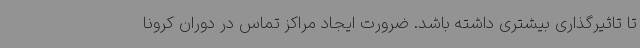
تا تاثیرگذاری بیشتری داشته باشد. ضرورت ایجاد مراکز تماس در دوران کرونا